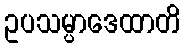
ဥပသမ္ပာဒေထာတိ